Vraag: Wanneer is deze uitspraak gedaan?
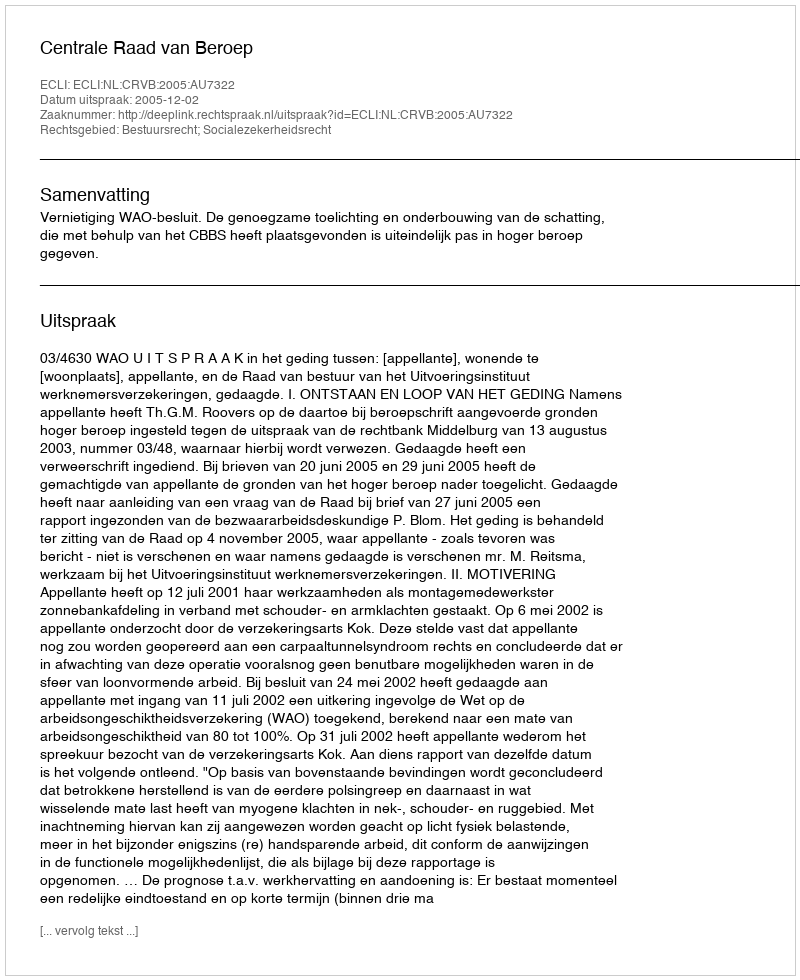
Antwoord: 2005-12-02